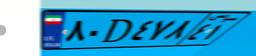
۰۵D۴۴۲۴۳